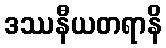
ဒဿနီယတရာနိ